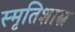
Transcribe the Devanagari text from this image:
स्मृतिशास्त्र